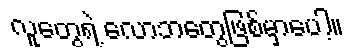
လူတွေရဲ့ လောဘတွေဖြစ်မှာပေါ့။